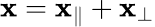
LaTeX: \mathbf{x}=\mathbf{x}_{\parallel}+\mathbf{x}_{\perp}